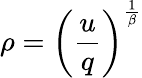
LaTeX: \rho=\left(\frac{u}{q}\right)^{\frac{1}{\beta}}